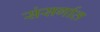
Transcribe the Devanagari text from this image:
संसर्गात